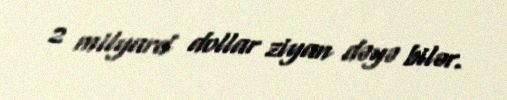
2 milyard dollar ziyan dəyə bilər.